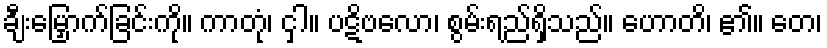
ချီးမြှောက်ခြင်းကို။ ကာတုံ၊ ငှါ။ ပဋိဗလော၊ စွမ်းရည်ရှိသည်။ ဟောတိ၊ ၏။ တေ၊